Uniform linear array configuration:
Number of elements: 64
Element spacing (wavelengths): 0.75
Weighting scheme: exponential
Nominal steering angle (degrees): -60
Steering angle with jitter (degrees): -60.827
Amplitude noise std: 0.05
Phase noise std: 0.05

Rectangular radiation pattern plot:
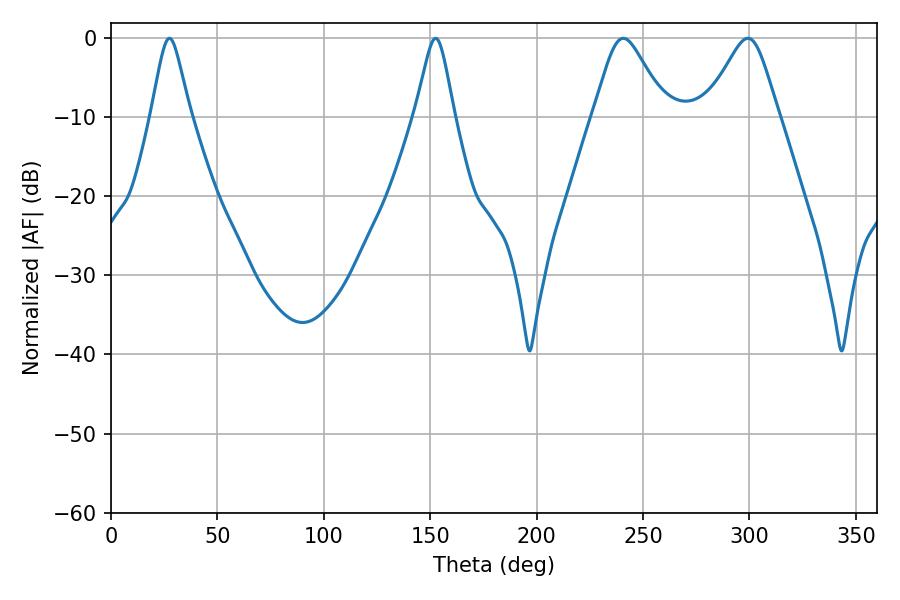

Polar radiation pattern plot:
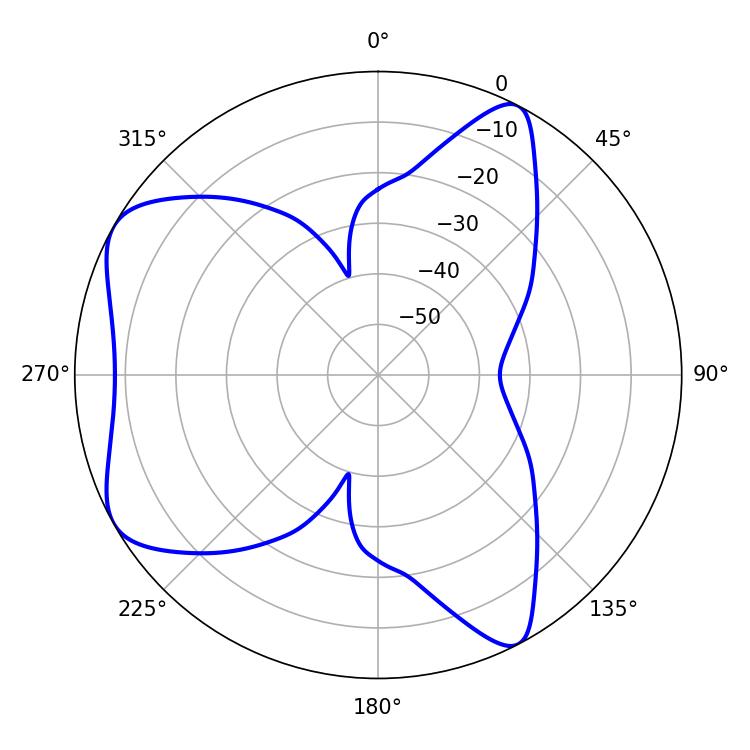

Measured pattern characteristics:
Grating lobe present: TRUE
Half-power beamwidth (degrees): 16.56
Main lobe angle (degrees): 240.66